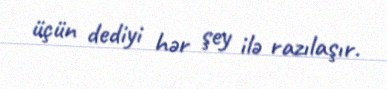
üçün dediyi hər şey ilə razılaşır.